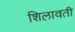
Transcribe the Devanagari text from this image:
शिलावती